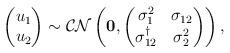
LaTeX: \begin{align*}\begin{pmatrix}u_1\\u_2\end{pmatrix}\sim\mathcal{CN}\left(\mathbf{0},\begin{pmatrix}\sigma_1^2 & \sigma_{12} \\\sigma_{12}^{\dag} & \sigma_2^2\end{pmatrix}\right),\end{align*}